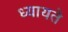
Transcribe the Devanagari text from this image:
ध्यायते